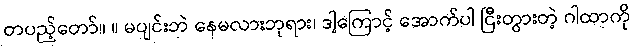
တပည့်တော်။ ။ မပျင်းဘဲ နေမလားဘုရား၊ ဒါ့ကြောင့် အောက်ပါ ငြီးတွားတဲ့ ဂါထာကို